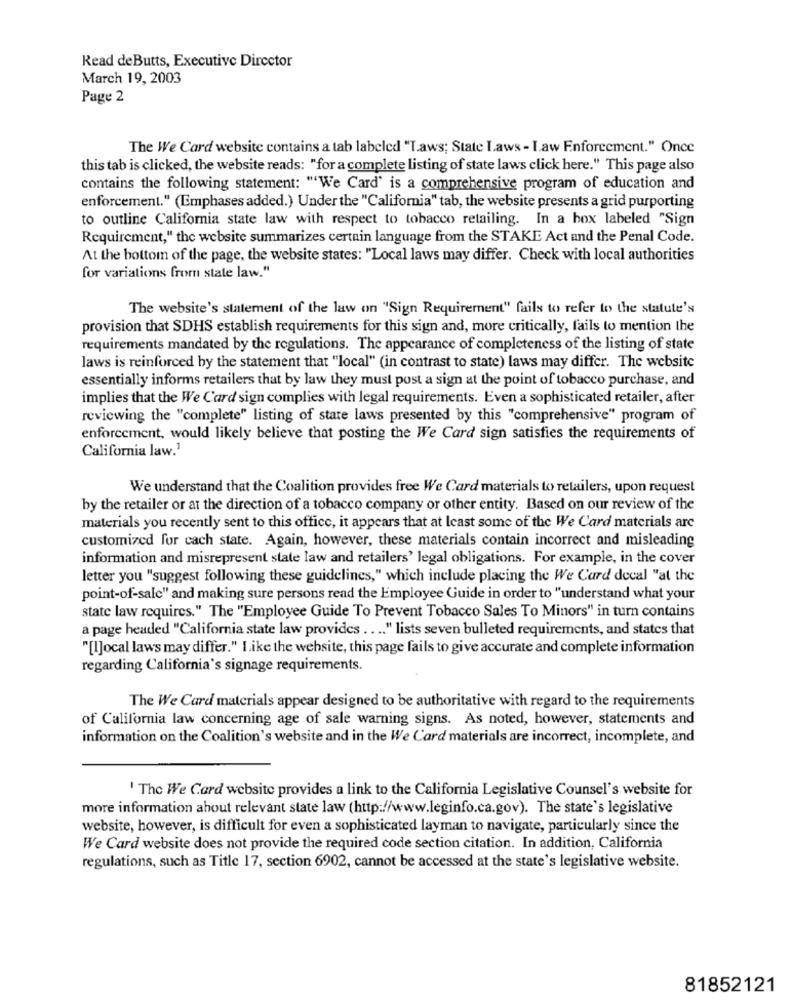
Read deButts, Executive Director
March 19, 2003
Page 2
The We Card website contains a tab labeled "T.aws; State Laws - Law Enforcement." Once
this tab is clicked, the website reads: "for a complete listing of state laws click here." This page also
contains the following statement: "We Card' is a comprehensive program of education and
enforcement." (Emphases added.) Under the "California" tab, the website presents a grid purporting
to outline California state law with respect to tobacco retailing. In a box labeled "Sign
Requirement," the website summarizes certain language from the STAKE Act and the Penal Code.
At the bottom of the page, the website states: "Local laws may differ. Check with local authorities
for variations from state law."
The website's statement of the law on "Sign Requirement" fails to refer to the statute's
provision that SDHS establish requirements for this sign and, more critically, fails to mention the
requirements mandated by the regulations. The appearance of completeness of the listing of state
laws is reinforced by the statement that "local" (in contrast to state) laws may differ. The website
essentially informs retailers that by law they must post a sign at the point of tobacco purchase, and
implies that the We Card sign complies with legal requirements. Even a sophisticated retailer, after
reviewing the "complete" listing of state laws presented by this "comprehensive" program of
enforcement, would likely believe that posting the We Card sign satisfies the requirements of
California law.1
We understand that the Coalition provides free We Card materials to retailers, upon request
by the retailer or at the direction of a tobacco company or other entity. Based on our review of the
materials you recently sent to this office, it appears that at least some of the We Card materials are
customized for cach state. Again, however, these materials contain incorrect and misleading
information and misrepresent state law and retailers' legal obligations. For example, in the cover
letter you "suggest following these guidelines," which include placing the We Card decal "at the
point-of-sale" and making sure persons read the Employee Guide in order to "understand what your
state law requires." The "Employee Guide To Prevent Tobacco Sales To Minors" in turn contains
a page headed "California state law provides .... " lists seven bulleted requirements, and states that
"[I]ocal laws may differ." I.ike the website, this page fails to give accurate and complete information
regarding California's signage requirements.
The We Card materials appear designed to be authoritative with regard to the requirements
of California law concerning age of sale warning signs. As noted, however, statements and
information on the Coalition's website and in the We Card materials are incorrect, incomplete, and
' The We Card website provides a link to the California Legislative Counsel's website for
more information about relevant state law (http://www.leginfo.ca.gov). The state's legislative
website, however, is difficult for even a sophisticated layman to navigate, particularly since the
We Card website does not provide the required code section citation. In addition, California
regulations, such as Title 17, section 6902, cannot be accessed at the state's legislative website.
81852121